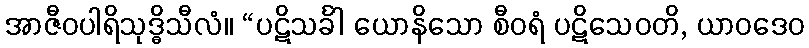
အာဇီဝပါရိသုဒ္ဓိသီလံ။ “ပဋိသင်္ခါ ယောနိသော စီဝရံ ပဋိသေဝတိ, ယာဝဒေဝ